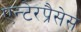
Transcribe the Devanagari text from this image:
एन्टेरप्रैसेस